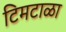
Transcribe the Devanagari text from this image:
टिमटाळा